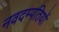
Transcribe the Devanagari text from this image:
नवदम्पतियों